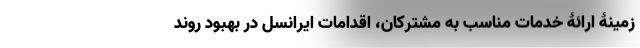
زمینۀ ارائۀ خدمات مناسب به مشترکان، اقدامات ایرانسل در بهبود روند